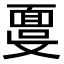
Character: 𩈞